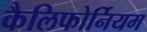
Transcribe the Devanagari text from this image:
कैलिफोर्नियम